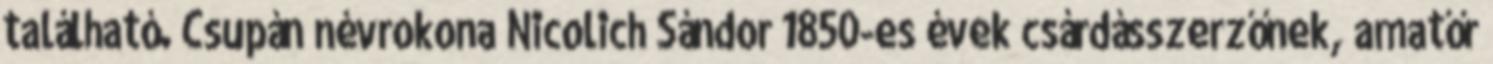
található. Csupán névrokona Nicolich Sándor 1850-es évek csárdásszerzőnek, amatőr